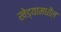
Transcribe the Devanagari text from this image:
खेड्यामधील